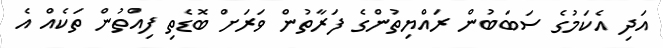
އަދި އެކަމުގެ ސަބަބުން ރައްޔިތުންގެ ފަރާތުން ވަރަށް ބޮޑެތި ފިއްތުން ތަކެއް އެ